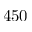
4 5 0